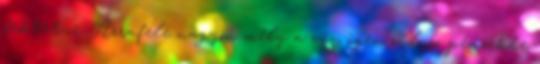
fektetne. Arrafelé nagyon mély a víz, igen súlyos pénzekbe